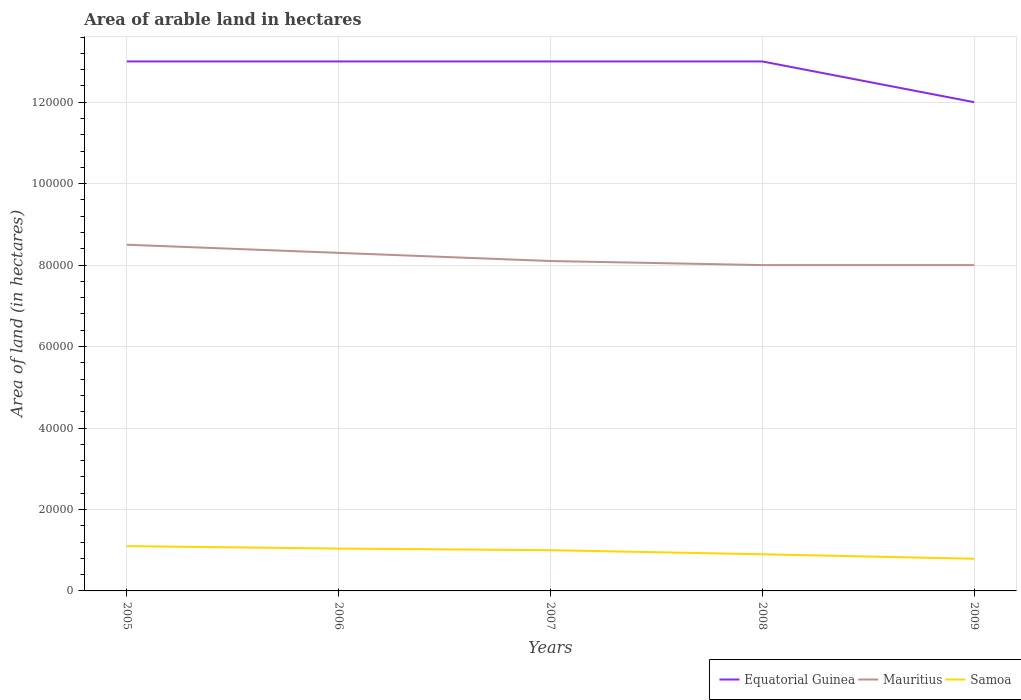
| Years | Equatorial Guinea | Mauritius | Samoa |
 | --- | --- | --- | --- |
 | 2005 | 1.3e+05 | 8.5e+04 | 1.1e+04 |
 | 2006 | 1.3e+05 | 8.3e+04 | 1.04e+04 |
 | 2007 | 1.3e+05 | 8.1e+04 | 1e+04 |
 | 2008 | 1.3e+05 | 8e+04 | 9e+03 |
 | 2009 | 1.2e+05 | 8e+04 | 7.9e+03 |